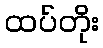
ထပ်တိုး